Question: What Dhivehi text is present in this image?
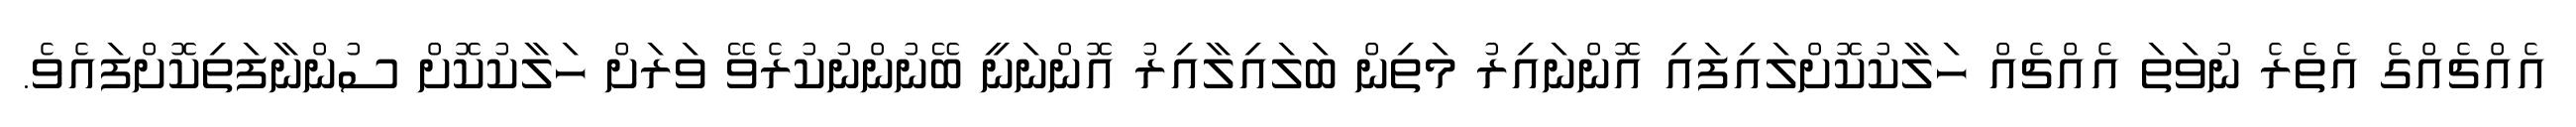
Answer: އެއްޗެއްގެ އެތެރެ ނުވަތަ އެއްޗެއް ހަލާކުކޮށްލައިފައި އޮންނައިރު މަތިން ބަލައިލާއިރު އޮންނަނީ ބޭނުންނުކުރެވޭ ވަރަށް ހަލާކުކޮށް ސުންނާފަތިކޮށްފައެވެ.